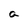
Character: a